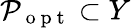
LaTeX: \mathcal{P}_{\mathrm{~o~p~t~}}\subset Y